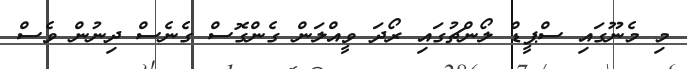
މި މެނޫގައި ސްޕީޑް ލޯންޗުގައި ރޯދަ ވީއްލަން ގެންގޮސް ގެނެސް ދިނުން ވެސް